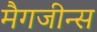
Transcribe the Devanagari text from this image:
मैगजीन्स